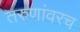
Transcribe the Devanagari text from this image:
तरुणांवरच